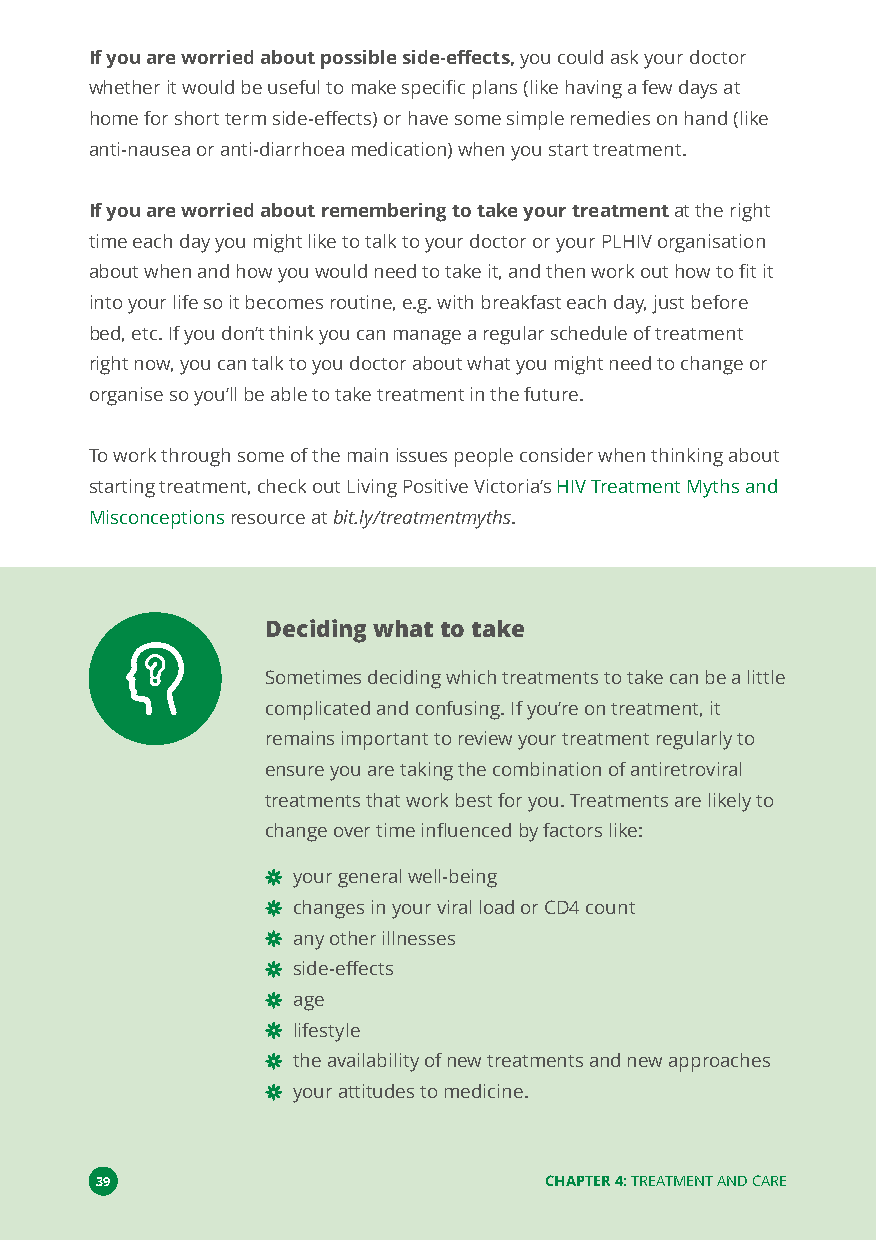
If you are worried about possible side-effects,you could ask your doctor
 whether it would be useful to make specific plans (like having a few days at
 home for short term side-effects) or have some simple remedies on hand (like
 anti-nausea or anti-diarrhoea medication) when you start treatment.
 If you are worried about remembering to take your treatmentat the right
 time each day you might like to talk to your doctor or your PLHIV organisation
 about when and how you would need to take it, and then work out how to fit it
 into your life so it becomes routine, e.g. with breakfast each day, just before
 bed, etc. If you don’t think you can manage a regular schedule of treatment
 right now, you can talk to you doctor about what you might need to change or
 organise so you’ll be able to take treatment in the future.
 To work through some of the main issues people consider when thinking about
 starting treatment, check out Living Positive Victoria’sHIV Treatment Myths and
 Misconceptionsresource atbit.ly/treatmentmyths.
 Deciding what to take
 Sometimes deciding which treatments to take can be a little
 complicated and confusing. If you’re on treatment, it
 remains important to review your treatment regularly to
 ensure you are taking the combination of antiretroviral
 treatments that work best for you. Treatments are likely to
 change over time influenced by factors like:
 your general well-being
 changes in your viral load or CD4 count
 any other illnesses
 side-effects
 age
 lifestyle
 the availability of new treatments and new approaches
 your attitudes to medicine.
 39                            CHAPTER 4:TREATMENT AND CARE